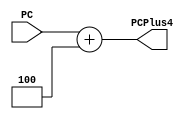
`timescale 1ns / 1ps
//////////////////////////////////////////////////////////////////////////////////
// Company: 
// Engineer: 
// 
// Design Name: 
// Module Name: PCA
// Project Name: 
// Target Devices: 
// Tool Versions: 
// Description: 
// 
// Dependencies: 
// 
// Revision:
// Revision 0.01 - File Created
// Additional Comments:
// 
//////////////////////////////////////////////////////////////////////////////////

module adder #(parameter Width = 32)(
input [Width-1:0] PC,
output [Width-1:0] PCPlus4);
assign PCPlus4 = PC + 4;
endmodule